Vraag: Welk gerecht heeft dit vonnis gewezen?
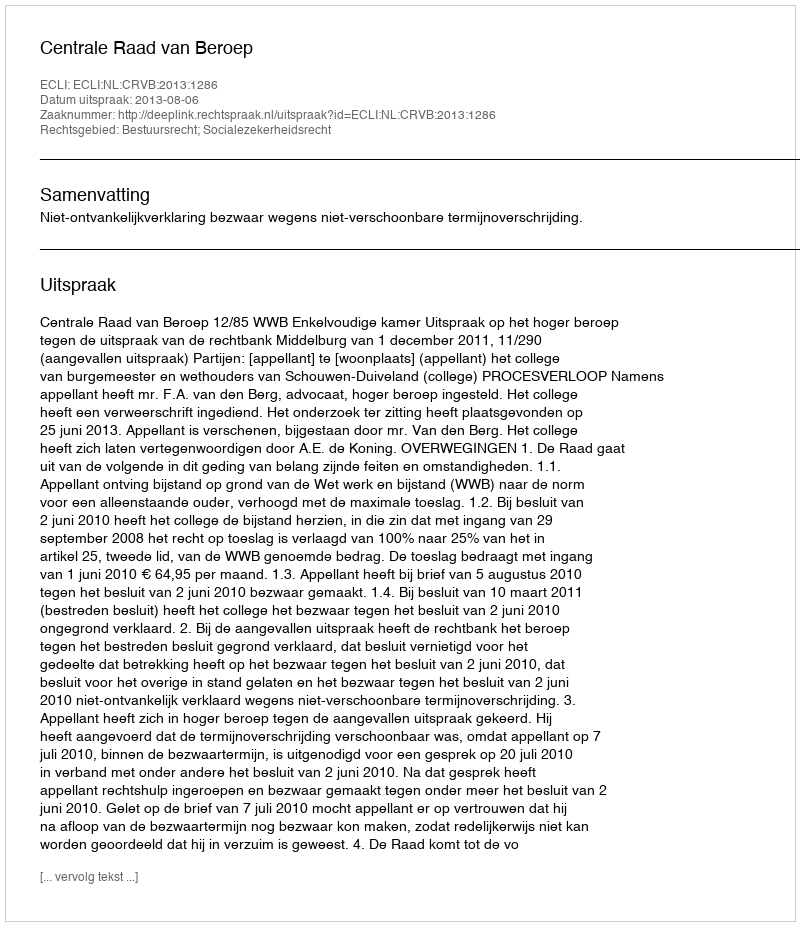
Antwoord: Centrale Raad van Beroep